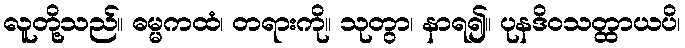
လူတို့သည်။ ဓမ္မကထံ၊ တရားကို။ သုတွာ၊ နာရ၍။ ပုနဒိဝသတ္ထာယပိ၊